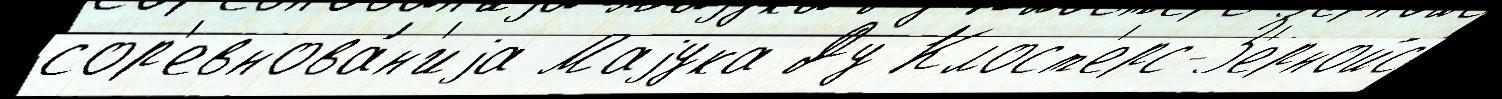
сор'евнова́н'иjа Маjука Ду Клост'ерс-З'ернойс